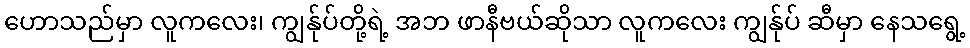
ဟောသည်မှာ လူကလေး၊ ကျွန်ုပ်တို့ရဲ့ အဘ ဖာနီဗယ်ဆိုသာ လူကလေး ကျွန်ုပ် ဆီမှာ နေသရွေ့